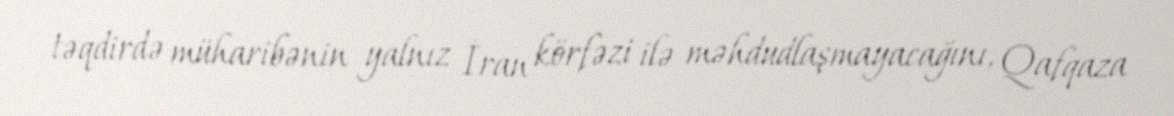
təqdirdə müharibənin yalnız İran körfəzi ilə məhdudlaşmayacağını, Qafqaza